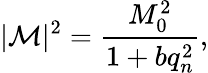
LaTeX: |{\cal M}|^{2}=\frac{M_{0}^{2}}{1+bq_{n}^{2}},